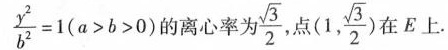
+$$\frac{y^{2}} {b^{2} }=1(a>b>0)$$ 的离心率为 $$\frac{\sqrt{3}} {2}$$ 点1$$(1, \frac{\sqrt{3}} {2})$$ E上。